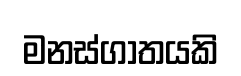
මනස්ගාතයකි